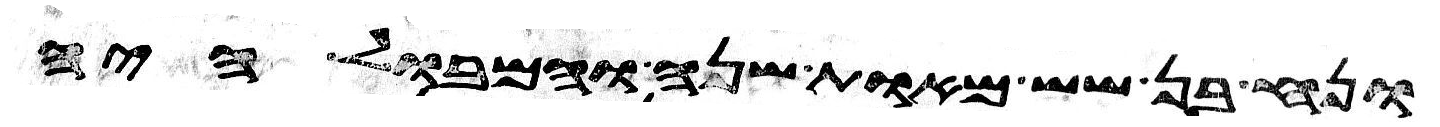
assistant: ונח בן שש מאות שנה והמבול היה